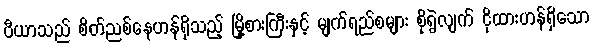
ပီယာသည် စိတ်ညစ်နေဟန်ရှိသည့် မြို့စားကြီးနှင့် မျက်ရည်စများ စိုရွဲလျက် ငိုထားဟန်ရှိသော